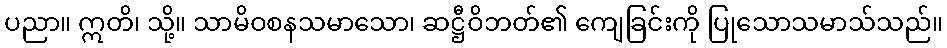
ပညာ။ ဣတိ၊ သို့။ သာမိဝစနသမာသော၊ ဆဋ္ဌီဝိဘတ်၏ ကျေခြင်းကို ပြုသောသမာသ်သည်။